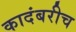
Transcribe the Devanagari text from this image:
कादंबरीच